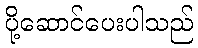
ပို့ဆောင်ပေးပါသည်